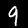
Digit: 9